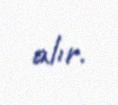
alır.